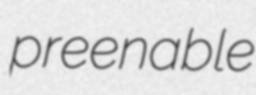
preenable